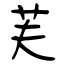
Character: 芙